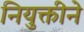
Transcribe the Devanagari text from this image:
नियुक्तीने